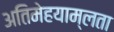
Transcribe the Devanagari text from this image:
अतिमेहयाम्लता